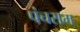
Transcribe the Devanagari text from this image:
पंचराम